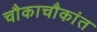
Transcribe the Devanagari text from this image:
चौकाचौकांत